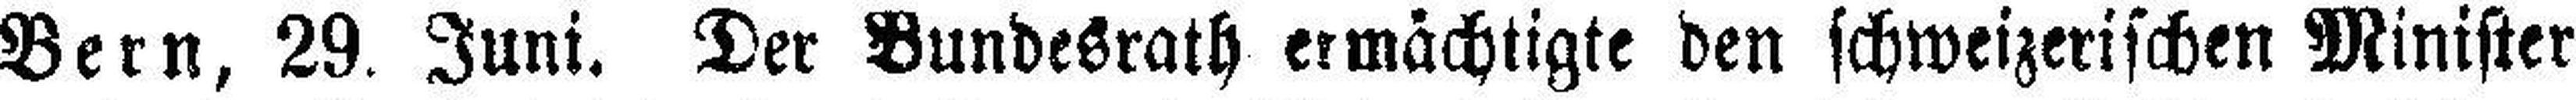
Bern, 29. Juni. Der Bundesrath ermächtigte den schweizerischen Minister